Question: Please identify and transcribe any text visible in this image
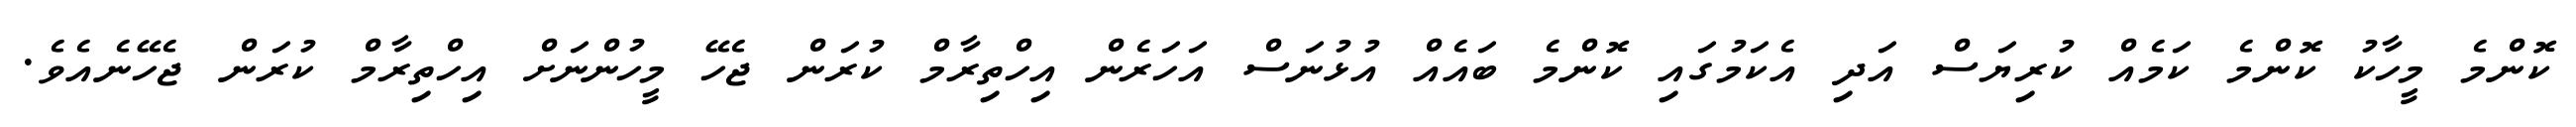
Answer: ކޮންމެ މީހާކު ކޮންމެ ކަމެއް ކުރިޔަސް އަދި އެކަމުގައި ކޮންމެ ބައެއް އުޅުނަސް އަހަރެން އިހްތިރާމް ކުރަން ޖެހޭ މީހުންނަށް އިހްތިރާމް ކުރަން ޖެހޭނެއެވެ.